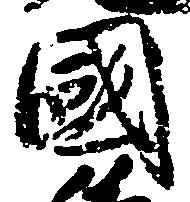
国